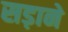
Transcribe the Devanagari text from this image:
सड़ाने